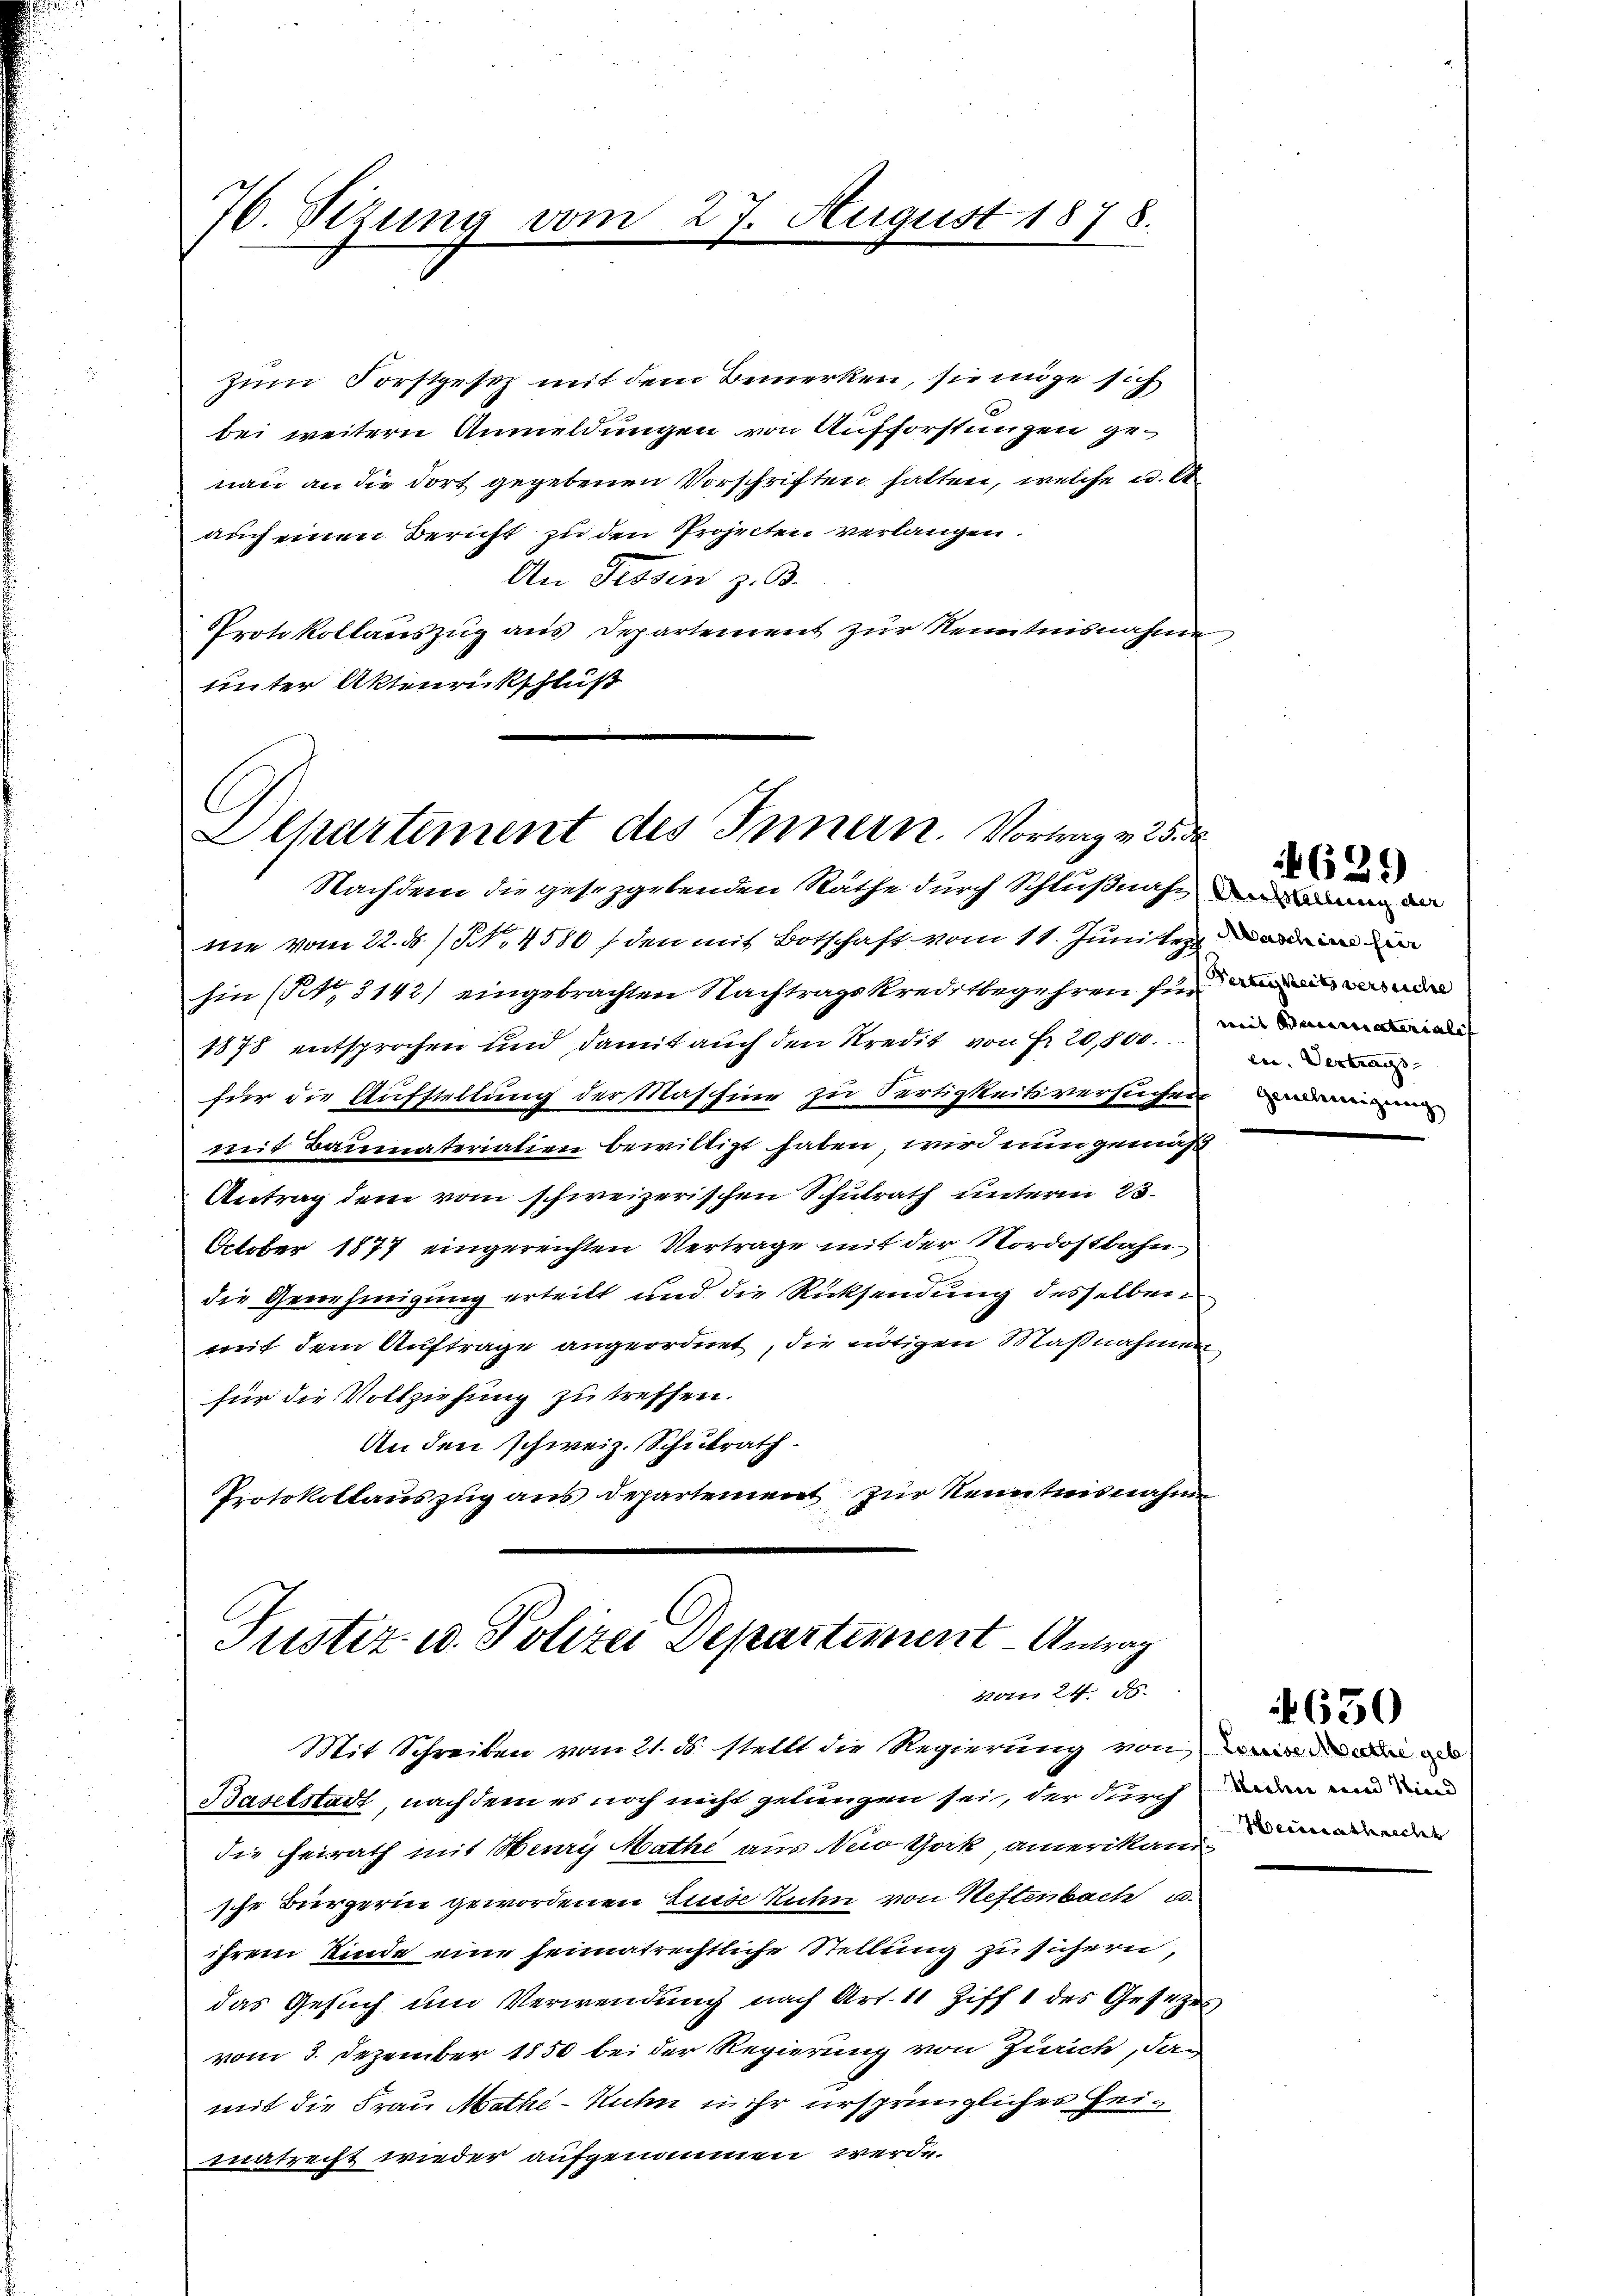
76. Sezung von

zum Forstgesetz mit dem Bemerken, sie möge sich
bei weitern Anmeldungen von Aufforstungen genau an die dort gegebenen Vorschriften hatten, welche c. et
auch einen Bericht zu den Projecten verlangen.
An Tessin z. B.
Protokollauszug aus Departement zŭr Kenntnisnahme
unter Aktenrückschluß

Departement des Innern. Vortrag v. 25 d
Nachdem die gesetzgebenden Räthe durch Schlußnahen an de

Justiz- u. Polizei Departement - Antrag
horn 24. d.

27. August 1878.

2st
nie vom 22. ds. 1. 4580 / den mit Botschaft vom 11. Juniten den
hin (Tit. 3142) eingebrachten Nachtragskreditbegehren für d
1878 entsprochen und damit auch den Kredit von Fr. 20,800. di
für die Aufstellung der Maschine zu Fertigkeitsversuchen und mein
mit Baumateriation bewilligt haben, wird nun gemäß
Antrag dem vom schweizerischen Schulrath unterm 23.
October 1877 eingereichten Vertrage mit der Nordostbahn
die Genehmigung erteilt und die Rücksendung desselben
mit dem Auftrage angeordnet, die nötigen Maßnahmen
für die Vollziehung zu treffen.
An den schweiz. Schulrath.
Protokollauszug aus departement zur Kenntnisnahme

en. Vertrags-

Mit Schreiben vom 21. ds. stellt die Regierung von ain a
Baselstadt, nach dem es noch nicht gelungen sei, der durch den und an
die Heirath mit Henry Mathe aus New York, amerikane de
sche Bürgerin gewordenen Luise Ruhn von Neftenbach e
ihrem Kinde eine heimatrichtliche Stellung zu sichern,
das Gesuch um Verwendung nach Art. 11 Ziff 1 des Gesezes
vom 3. Dezember 1850 bei der Regierung von Zürich, dan
mit die Frau Mathe - Nuhn in ihr ursprünglicher Heimatrecht wieder aufgenommen werde.

4629

650